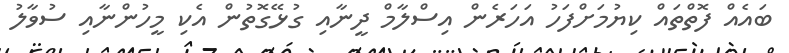
ބައެއް ފޮތްތައް ކިޔުމަށްފަހު އަހަރެން އިސްލާމް ދީނާއި ގުޅޭގޮތުން އެކި މީހުންނާއި ސުވާލު